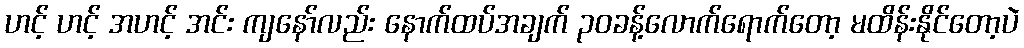
ဟင့် ဟင့် အဟင့် အင်း ကျနော်လည်း နောက်ထပ်အချက် ၃၀ခန့်လောက်ရောက်တော့ မထိန်းနိုင်တော့ပဲ